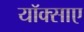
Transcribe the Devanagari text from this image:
यॉक्साए